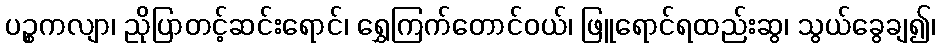
ပဉ္စကလျာ၊ ညိုပြာတင့်ဆင်းရောင်၊ ရွှေကြက်တောင်ဝယ်၊ ဖြူရောင်ရထည်းဆွ၊ သွယ်ခွေချ၍၊